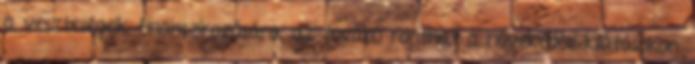
a veszteségeik finanszírozására, az tovább ronthat a növekedési kilátásokon.